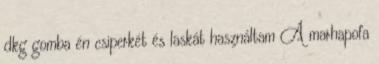
dkg gomba én csiperkét és laskát használtam A marhapofa